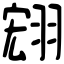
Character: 翝